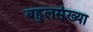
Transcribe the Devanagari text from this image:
बहुलसंख्या